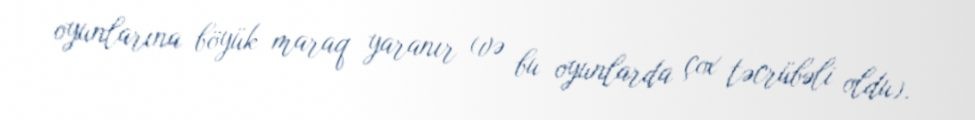
oyunlarına böyük maraq yaranır (və bu oyunlarda çox təcrübəli oldu).